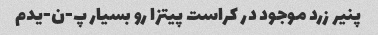
پنیر زرد موجود در کراست پیتزا رو بسیار پ-ن-یدم